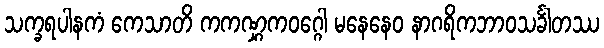
သက္ခရပါနကံ ကေသာတိ ကကဏ္ဋကဝဂ္ဂေါ မနေနေဝ နာဂရိကဘာဝသင်္ခါတဿ